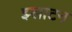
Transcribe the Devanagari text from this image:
झ्लाटन